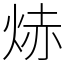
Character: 焃